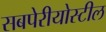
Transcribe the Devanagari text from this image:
सबपेरीयोस्टील